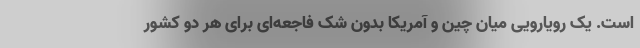
است. یک رویارویی میان چین و آمریکا بدون شک فاجعه‌ای برای هر دو کشور